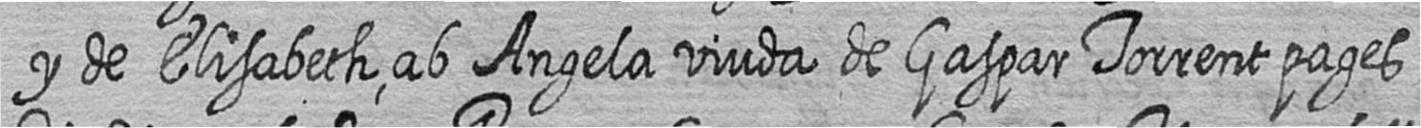
y de Elisabeth ab Angela viuda de Gaspar Torrent pages